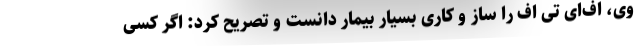
وی، اف‌ای تی اف را ساز و کاری بسیار بیمار دانست و تصریح کرد: اگر کسی